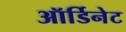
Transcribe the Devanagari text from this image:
ऑर्डिनेट